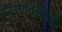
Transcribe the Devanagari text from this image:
निलाविलाक्कू